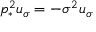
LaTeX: p _ { * } ^ { 2 } u _ { \sigma } = - \sigma ^ { 2 } u _ { \sigma }